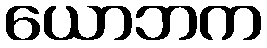
ယောဘက